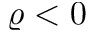
\varrho < 0